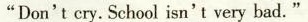
"Don't cry. School isn't very bad."